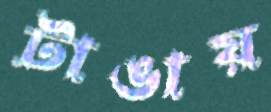
টাঙায়